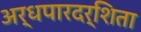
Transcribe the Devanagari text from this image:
अर्धपारदर्शिता